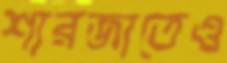
শারজাতেও